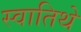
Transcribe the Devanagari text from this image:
स्वातिथे